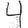
Digit: 4